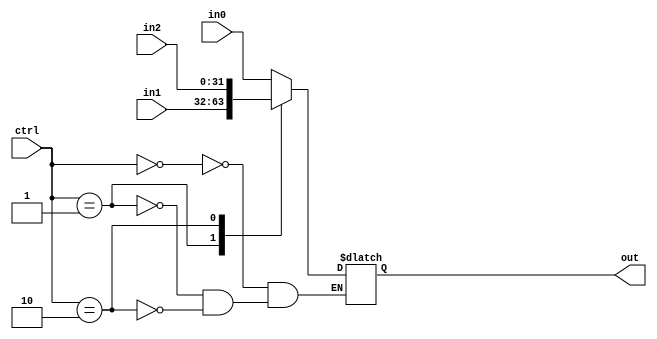
module MUX31_32bit(in0,in1,in2,ctrl,out);
parameter Nob=32; 
input [Nob-1:0] in0;
input [Nob-1:0] in1;
input [Nob-1:0] in2;
input [1:0] ctrl;
output reg [Nob-1:0] out;

always @(ctrl or in0 or in1 or in2)
begin
case (ctrl)
2'b00: out=in0;
2'b01: out=in1;
2'b10: out=in2;
endcase
end

endmodule